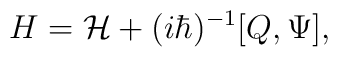
H={\cal H}+(i\hbar)^{-1}[Q,\Psi],